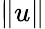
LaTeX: \lVert u\rVert